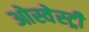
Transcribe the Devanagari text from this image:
ओस्वेस्ट्री